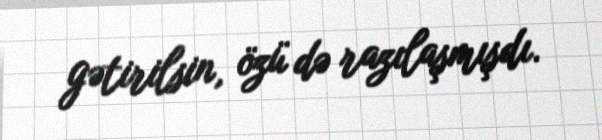
gətirilsin, özü də razılaşmışdı.